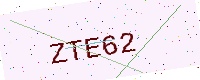
Text: ZTE62